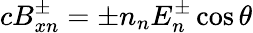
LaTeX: cB_{xn}^{\pm}=\pm n_{n}E_{n}^{\pm}\cos\theta